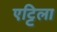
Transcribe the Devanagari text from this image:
एट्टिला